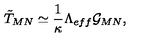
\tilde { T } _ { M N } \simeq \frac { 1 } { \kappa } \Lambda _ { e f f } \mathcal { G } _ { M N } ,